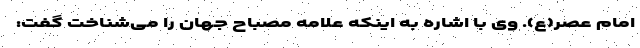
امام عصر(ع). وی با اشاره به اینکه علامه مصباح جهان را می‌شناخت گفت: